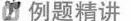
例题精讲